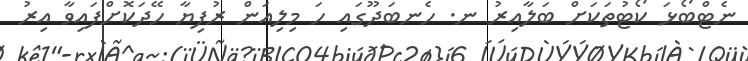
ނެޓްބޯޅަ ކޯޓުތަކަށް ބަލާއިރު ނ. ހެނބަދޫގައި ހަ މިލިއަން ރުފިޔާ ހޭދަކޮށްފައިވާ އިރު